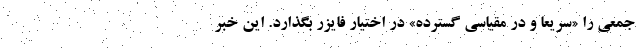
جمعی را «سریعا و در مقیاسی گسترده» در اختیار فایزر بگذارد. این خبر